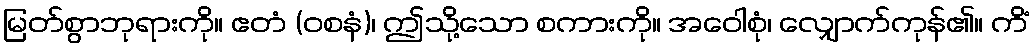
မြတ်စွာဘုရားကို။ ဧတံ (ဝစနံ)၊ ဤသို့သော စကားကို။ အဝေါစုံ၊ လျှောက်ကုန်၏။ ကိံ